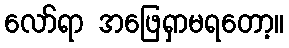
လော်ရာ အဖြေရှာမရတော့။